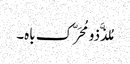
مُلذَّذو مُحَرّک باہ۔